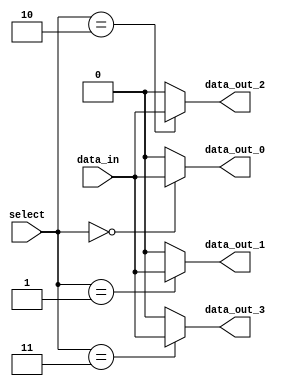
module demux_1to4 (
    input wire data_in,
    input wire [1:0] select,
    output wire data_out_0,
    output wire data_out_1,
    output wire data_out_2,
    output wire data_out_3
);

assign data_out_0 = (select == 2'b00) ? data_in : 1'b0;
assign data_out_1 = (select == 2'b01) ? data_in : 1'b0;
assign data_out_2 = (select == 2'b10) ? data_in : 1'b0;
assign data_out_3 = (select == 2'b11) ? data_in : 1'b0;

endmodule